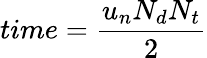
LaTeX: time={\frac{u_{n}N_{d}N_{t}}{2}}